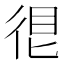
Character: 𢓼